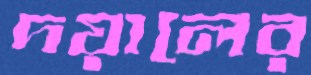
দয়ালের